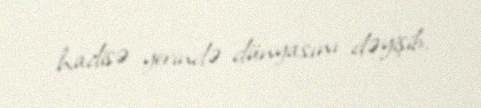
hadisə yerində dünyasını dəyişib.